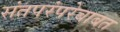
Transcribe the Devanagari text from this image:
संतपरंपरेबाबत